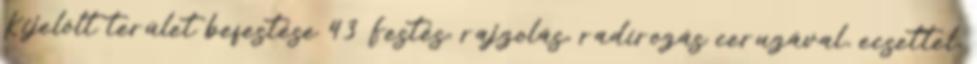
Kijelölt terület befestése 43 Festés, rajzolás, radírozás ceruzával, ecsettel,